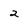
Character: 2